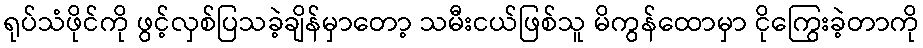
ရုပ်သံဖိုင်ကို ဖွင့်လှစ်ပြသခဲ့ချိန်မှာတော့ သမီးငယ်ဖြစ်သူ မိကွန်ထောမှာ ငိုကြွေးခဲ့တာကို